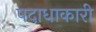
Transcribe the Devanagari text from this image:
पदाधाकारी